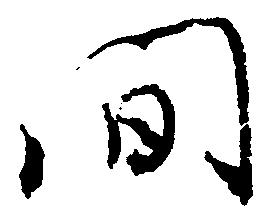
間